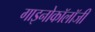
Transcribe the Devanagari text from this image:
गाइनोकॉलॉजी